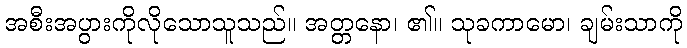
အစီးအပွားကိုလိုသောသူသည်။ အတ္တနော၊ ၏။ သုခကာမော၊ ချမ်းသာကို